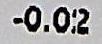
-0.02